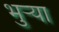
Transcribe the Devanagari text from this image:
भुर्‍या